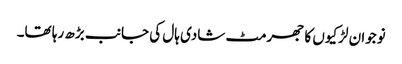
نوجوان لڑکیوں کا جھرمٹ شادی ہال کی جانب بڑھ رہا تھا۔